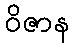
ဝိဇာန